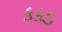
કકડ